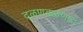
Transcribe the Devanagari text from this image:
दळणवळणात